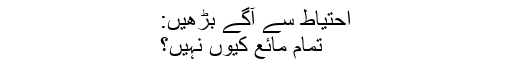
احتیاط سے آگے بڑھیں:
تمام مائع کیوں نہیں؟